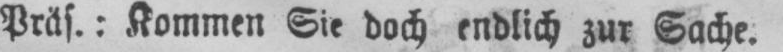
Präs.: Kommen Sie doch endlich zur Sache.